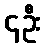
၄ဦး